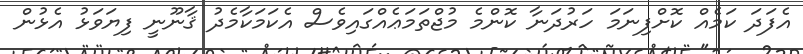
އެފަދަ ކަމެއް ކޮށްފިނަމަ ހަރުދަނާ ކޮންމެ މުޖްތަމަޢެއްގައިވެސް އެކަމަކާމެދު ޤާނޫނީ ފިޔަވަޅު އެޅުން